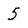
Character: 5